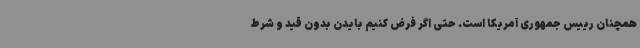
همچنان رییس جمهوری آمریکا است. حتی اگر فرض کنیم بایدن بدون قید و شرط